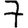
Digit: 7